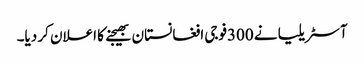
آسٹریلیا نے 300فوجی افغانستان بھیجنے کا اعلان کر دیا۔